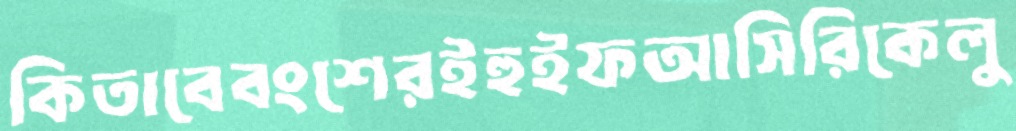
কিতাবেবংশেরইহুইফআসিরিকেলু